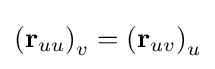
\left(\mathbf {r} _{uu}\right)_{v}=\left(\mathbf {r} _{uv}\right)_{u}